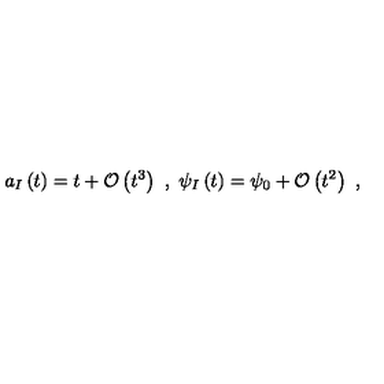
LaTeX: a _ { I } \left( t \right) = t + \mathcal { O } \left( t ^ { 3 } \right) \ , \ \psi _ { I } \left( t \right) = \psi _ { 0 } + \mathcal { O } \left( t ^ { 2 } \right) \ ,